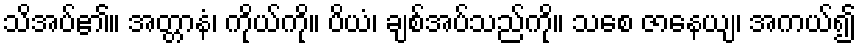
သိအပ်၏။ အတ္တာနံ၊ ကိုယ်ကို။ ပိယံ၊ ချစ်အပ်သည်ကို။ သစေ ဇာနေယျ၊ အကယ်၍